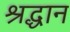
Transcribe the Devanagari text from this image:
श्रद्धान